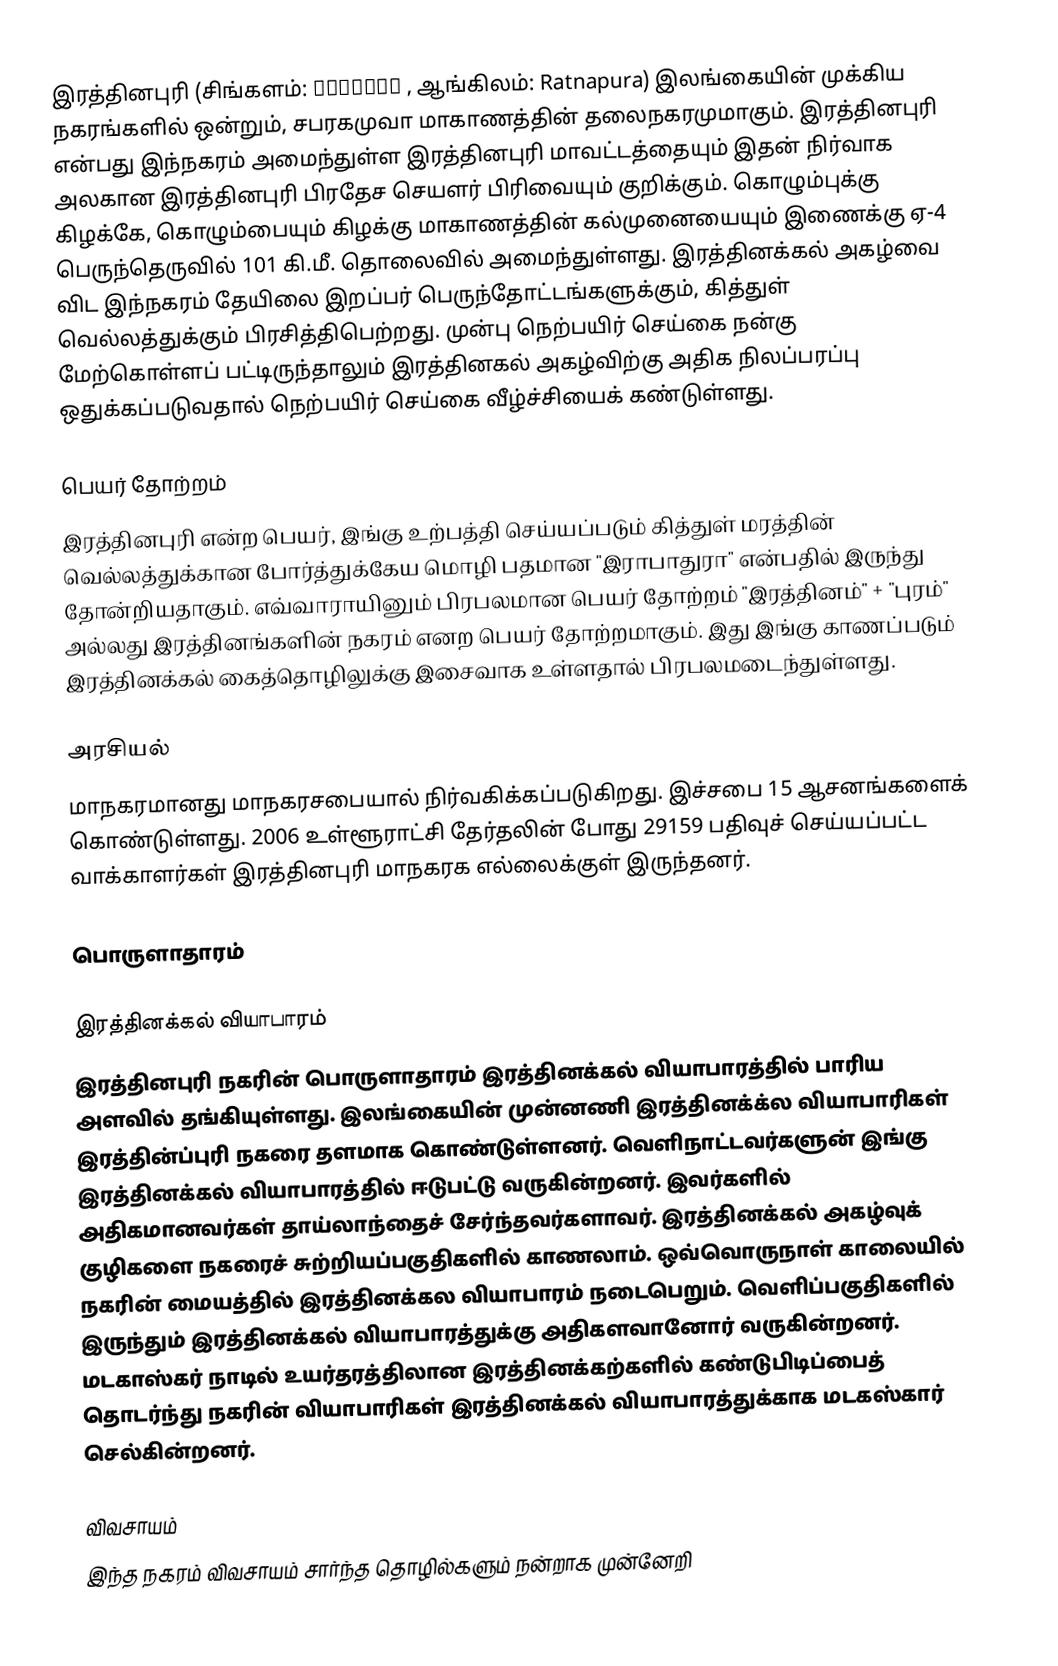
இரத்தினபுரி (சிங்களம்: රත්නපුර , ஆங்கிலம்: Ratnapura) இலங்கையின் முக்கிய நகரங்களில் ஒன்றும், சபரகமுவா மாகாணத்தின் தலைநகரமுமாகும். இரத்தினபுரி என்பது இந்நகரம் அமைந்துள்ள இரத்தினபுரி மாவட்டத்தையும் இதன் நிர்வாக அலகான இரத்தினபுரி பிரதேச செயளர் பிரிவையும் குறிக்கும். கொழும்புக்கு கிழக்கே, கொழும்பையும் கிழக்கு மாகாணத்தின் கல்முனையையும் இணைக்கு ஏ-4 பெருந்தெருவில்  101 கி.மீ. தொலைவில் அமைந்துள்ளது. இரத்தினக்கல் அகழ்வை விட இந்நகரம் தேயிலை இறப்பர் பெருந்தோட்டங்களுக்கும், கித்துள் வெல்லத்துக்கும் பிரசித்திபெற்றது. முன்பு நெற்பயிர் செய்கை நன்கு மேற்கொள்ளப் பட்டிருந்தாலும் இரத்தினகல் அகழ்விற்கு அதிக நிலப்பரப்பு ஒதுக்கப்படுவதால் நெற்பயிர் செய்கை வீழ்ச்சியைக் கண்டுள்ளது.

பெயர் தோற்றம்
இரத்தினபுரி என்ற பெயர், இங்கு உற்பத்தி செய்யப்படும் கித்துள் மரத்தின் வெல்லத்துக்கான போர்த்துக்கேய மொழி பதமான "இராபாதுரா" என்பதில் இருந்து தோன்றியதாகும். எவ்வாராயினும் பிரபலமான பெயர் தோற்றம் "இரத்தினம்" + "புரம்" அல்லது இரத்தினங்களின் நகரம் எனற பெயர் தோற்றமாகும். இது இங்கு காணப்படும் இரத்தினக்கல் கைத்தொழிலுக்கு இசைவாக உள்ளதால் பிரபலமடைந்துள்ளது.

அரசியல்
மாநகரமானது மாநகரசபையால் நிர்வகிக்கப்படுகிறது. இச்சபை 15 ஆசனங்களைக் கொண்டுள்ளது. 2006 உள்ளூராட்சி தேர்தலின் போது 29159 பதிவுச் செய்யப்பட்ட வாக்காளர்கள் இரத்தினபுரி மாநகரக எல்லைக்குள் இருந்தனர்.

பொருளாதாரம்

இரத்தினக்கல் வியாபாரம்
இரத்தினபுரி நகரின் பொருளாதாரம் இரத்தினக்கல் வியாபாரத்தில் பாரிய அளவில் தங்கியுள்ளது. இலங்கையின் முன்னணி இரத்தினக்க்ல வியாபாரிகள் இரத்தின்ப்புரி நகரை தளமாக கொண்டுள்ளனர். வெளிநாட்டவர்களுன் இங்கு இரத்தினக்கல் வியாபாரத்தில்  ஈடுபட்டு வருகின்றனர். இவர்களில் அதிகமானவர்கள் தாய்லாந்தைச் சேர்ந்தவர்களாவர். இரத்தினக்கல் அகழ்வுக் குழிகளை நகரைச் சுற்றியப்பகுதிகளில் காணலாம். ஒவ்வொருநாள் காலையில் நகரின் மையத்தில் இரத்தினக்கல வியாபாரம் நடைபெறும். வெளிப்பகுதிகளில் இருந்தும் இரத்தினக்கல் வியாபாரத்துக்கு அதிகளவானோர் வருகின்றனர். மடகாஸ்கர் நாடில் உயர்தரத்திலான இரத்தினக்கற்களில் கண்டுபிடிப்பைத் தொடர்ந்து நகரின் வியாபாரிகள் இரத்தினக்கல் வியாபாரத்துக்காக மடகஸ்கார் செல்கின்றனர்.

விவசாயம்
இந்த நகரம் விவசாயம் சார்ந்த தொழில்களும் நன்றாக முன்னேறி